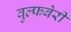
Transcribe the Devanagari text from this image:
वुल्फबेरी